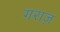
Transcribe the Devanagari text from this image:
गराज़